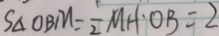
S _ { \Delta } O B M = \frac { 1 } { 2 } M H \cdot O B = 2